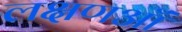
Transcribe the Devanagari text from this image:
लक्षणऑं